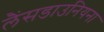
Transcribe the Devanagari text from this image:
लैंसडाउनियना